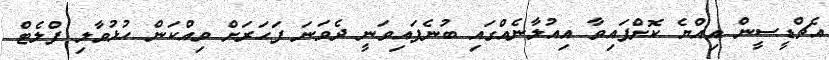
އެޗްޑީސީން އިއްޔެ ކޮށްފައިވާ އިއުލާނެއްގައި ބުނެފައިވަނީ ދެވަނަ ފަހަރަށް ވިއްކަން ހުޅުވާލި ފްލެޓް